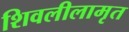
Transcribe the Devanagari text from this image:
शिवलीलामृत